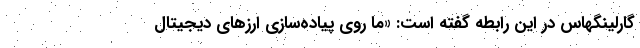
گارلینگهاس در این رابطه گفته است: «ما روی پیاده‌سازی ارزهای دیجیتال